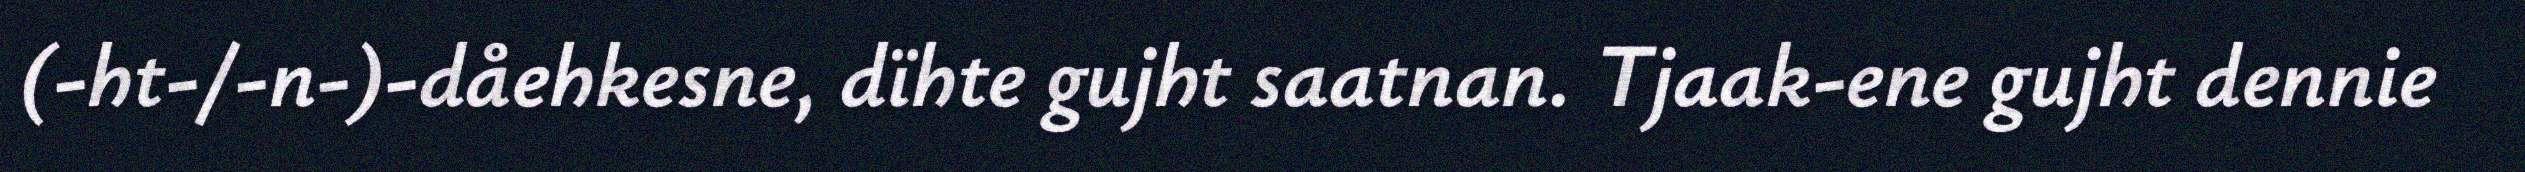
(-ht-/-n-)-dåehkesne, dïhte gujht saatnan. Tjaak-ene gujht dennie